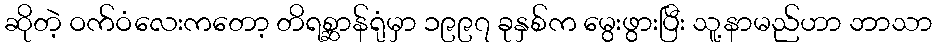
ဆိုတဲ့ ဝက်ဝံလေးကတော့ တိရစ္ဆာန်ရုံမှာ ၁၉၉၇ ခုနှစ်က မွေးဖွားပြီး သူ့နာမည်ဟာ ဘာသာ